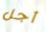
أجل